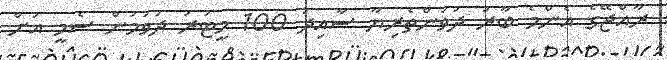
ރާއްޖޭގެ އެންމެ ބާރު ދުވުންތެރިޔާ ސާއިދު 100 މީޓަރު ދުވުމުން ސެމީ އަށް